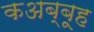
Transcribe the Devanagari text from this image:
कअब्बूह